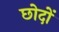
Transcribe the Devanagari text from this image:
छोदों